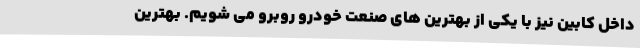
داخل کابین نیز با یکی از بهترین های صنعت خودرو روبرو می شویم. بهترین